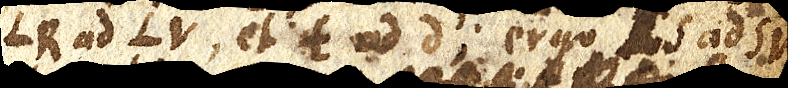
LR ad LV, et t ad d; ergo LS ad SV